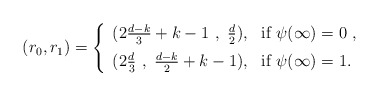
\begin{align*}( r_0 , r_1 ) =\left\{ \begin{array}{ll}( 2\frac{d-k}{3} + k - 1 \ , \ \frac{d}{2}) , &\mbox{if} \ \psi ( \infty ) = 0 \ , \\ [2mm](2\frac{d}{3} \ , \ \frac{d-k}{2} + k - 1 ) , &\mbox{if} \ \psi ( \infty ) = 1 .\end{array}\right.\end{align*}